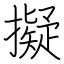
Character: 擬